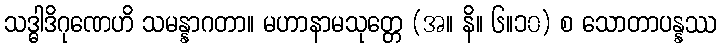
သဒ္ဓါဒိဂုဏေဟိ သမန္နာဂတာ။ မဟာနာမသုတ္တေ (အ။ နိ။ ၆။၁၀) စ သောတာပန္နဿ